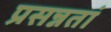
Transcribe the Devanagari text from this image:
प्रसन्नतां